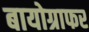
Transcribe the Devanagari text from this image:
बायोग्राफर